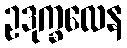
ဥဒုက္ခလေန